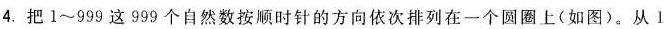
4.把1~999这999个自然数按顺时针的方向依次排列在一个圆圈上(如图)。从1